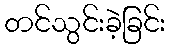
တင်သွင်းခဲ့ခြင်း